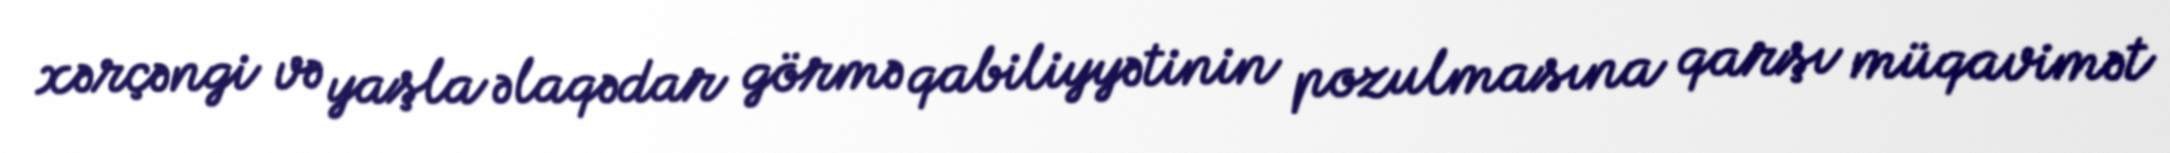
xərçəngi və yaşla əlaqədar görmə qabiliyyətinin pozulmasına qarşı müqavimət